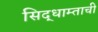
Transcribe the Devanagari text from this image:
सिद्धाम्ताची